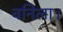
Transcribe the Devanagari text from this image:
वनिला।